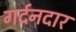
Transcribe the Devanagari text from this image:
गर्दनदार